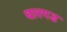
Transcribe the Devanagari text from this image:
घारगड